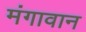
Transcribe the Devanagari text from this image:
मंगावान